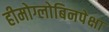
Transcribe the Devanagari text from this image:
हीमोग्लोबिनपेक्षा